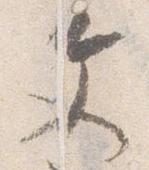
文